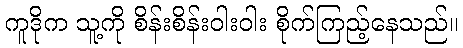
ကူဒိုက သူ့ကို စိန်းစိန်းဝါးဝါး စိုက်ကြည့်နေသည်။